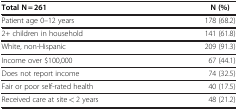
| Total N = 261 | N (%) |
 | --- | --- |
 | Patient age 0–12 years | 178 (68.2) |
 | 2+ children in household | 141 (61.8) |
 | White, non-Hispanic | 209 (91.3) |
 | Income over $100,000 | 67 (44.1) |
 | Does not report income | 74 (32.5) |
 | Fair or poor self-rated health | 40 (17.5) |
 | Received care at site < 2 years | 48 (21.2) |